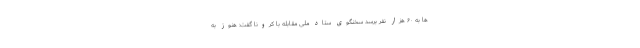
ها به ۶۰ هزار نفر برسد سخنگوی ستاد ملی مقابله با کرونا گفت: هنوز به